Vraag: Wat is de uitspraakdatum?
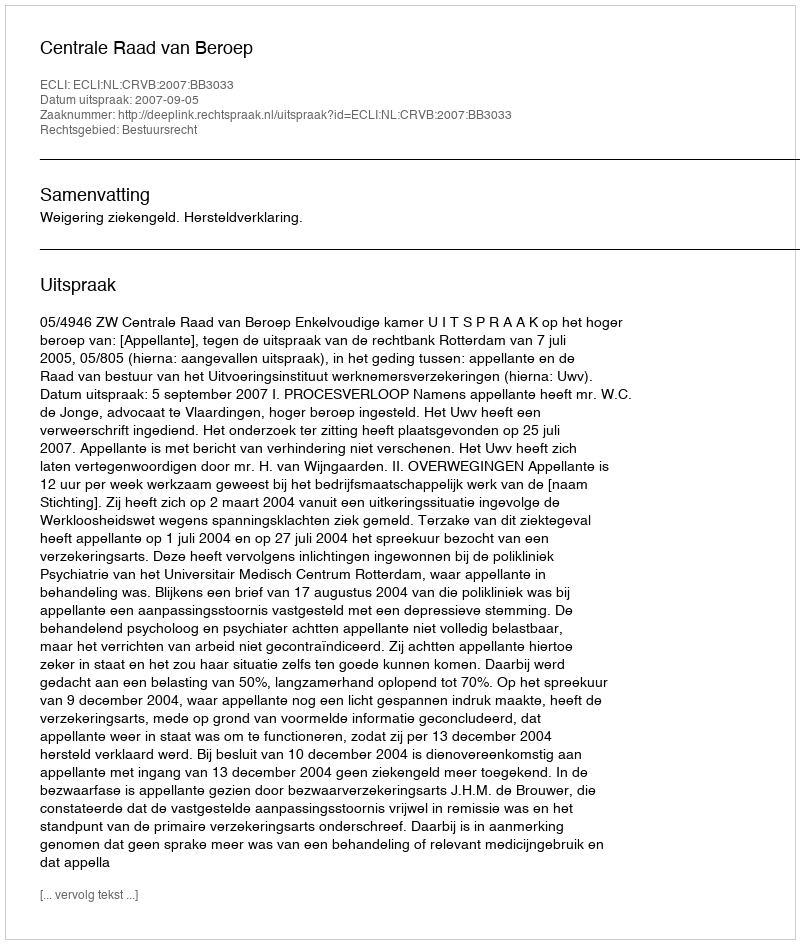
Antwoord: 2007-09-05